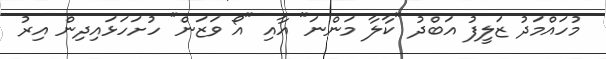
މުހައްމަދު ޒަލީފު އަބްދު "ކާލާ މަންނަ" އާއި "އޯ ވަޒަން" ހުށަހަޅައިދިން އިރު